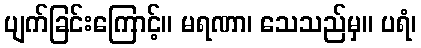
ပျက်ခြင်းကြောင့်။ မရဏာ၊ သေသည်မှ။ ပရံ၊